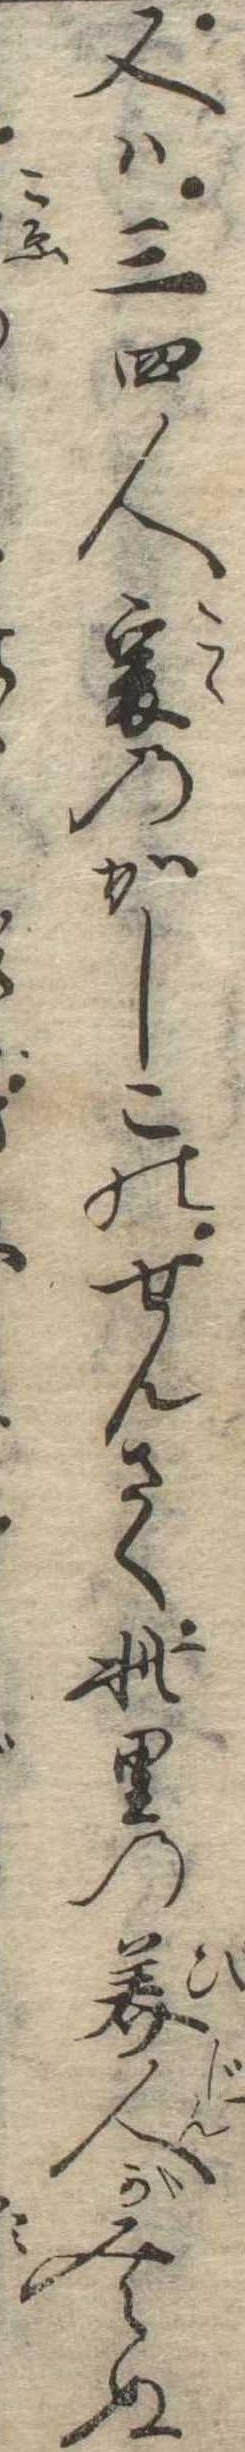
又は三四人爰のかしこのせんさく此里の美人がみえぬ